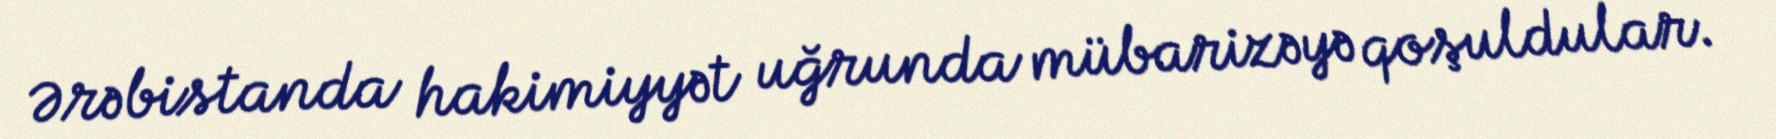
Ərəbistanda hakimiyyət uğrunda mübarizəyə qoşuldular.